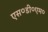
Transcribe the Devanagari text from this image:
एस०डी०एम०